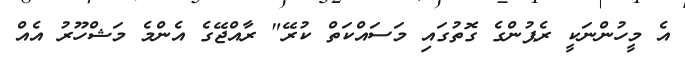
އެ މީހުންނަކީ ރެޕުންގެ ގޮތުގައި މަސައްކަތް ކުރޭ" ރާއްޖޭގެ އެންމެ މަޝްހޫރު އެއް